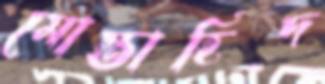
মোস্তাহিদ